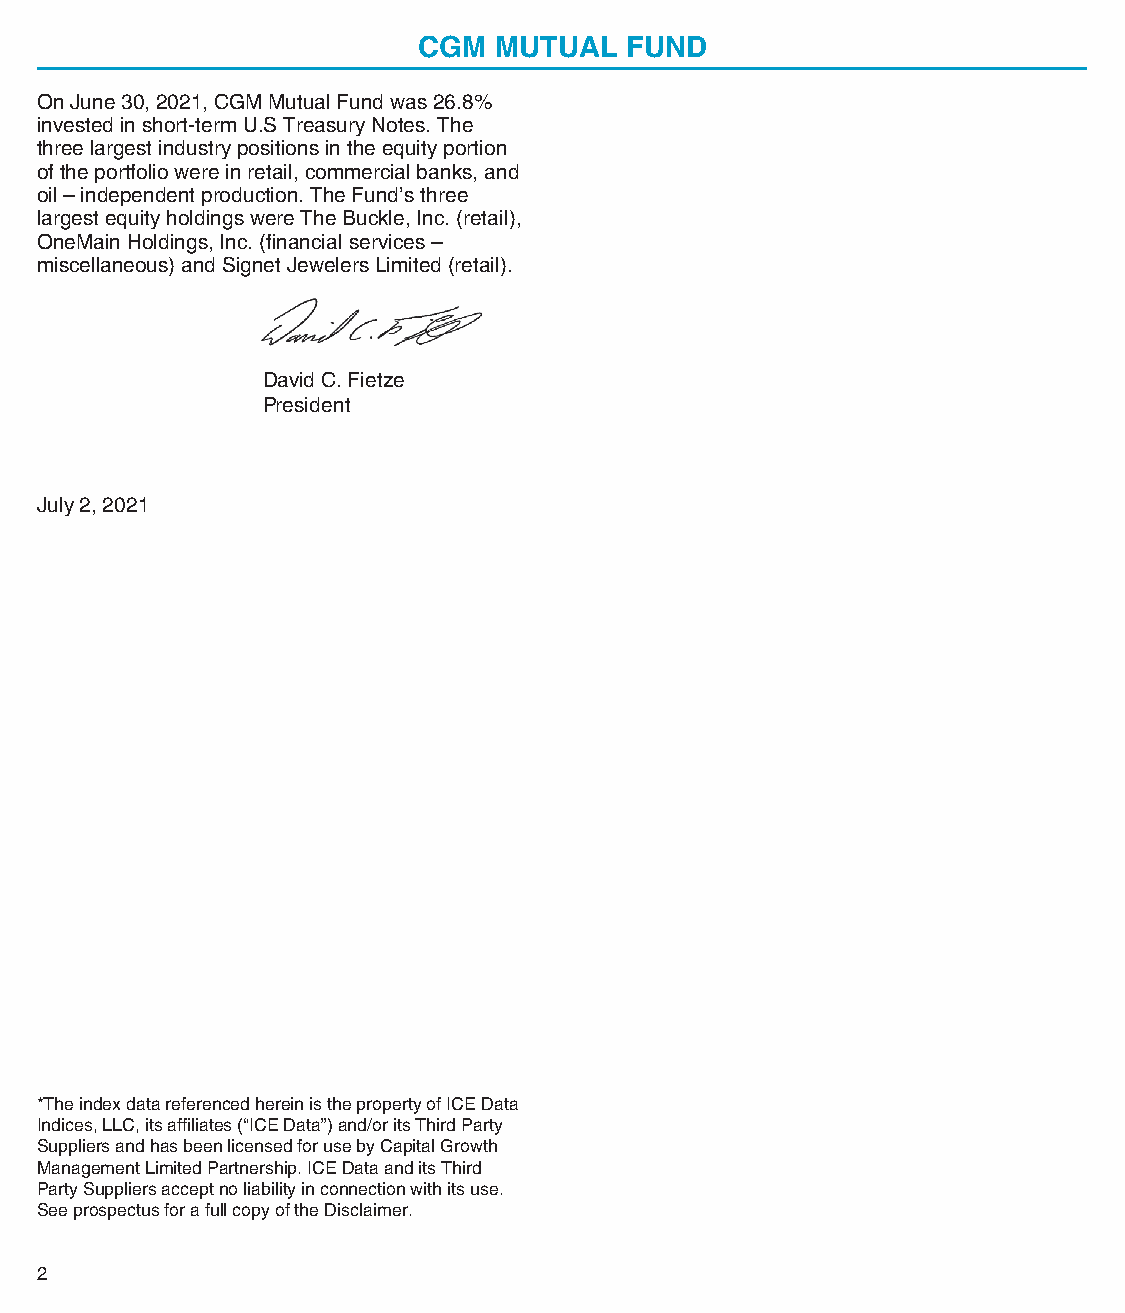
CGM  MUTUAL  FUND
 On June 30, 2021, CGM Mutual Fund was 26.8%
 invested in short-term U.S Treasury Notes. The
 three largest industry positions in the equity portion
 of the portfolio were in retail, commercial banks, and
 oil – independent production. The Fund’s three
 largest equity holdings were The Buckle, Inc. (retail),
 OneMain Holdings, Inc. (financial services –
 miscellaneous) and Signet Jewelers Limited (retail).
 David C. Fietze
 President
 July 2, 2021
 *The index data referenced herein is the property of ICE Data
 Indices, LLC, its affiliates (“ICE Data”) and/or its Third Party
 Suppliers and has been licensed for use by Capital Growth
 Management Limited Partnership. ICE Data and its Third
 PartySuppliers accept no liability in connection with its use.
 See prospectus for a full copy of the Disclaimer.
 2